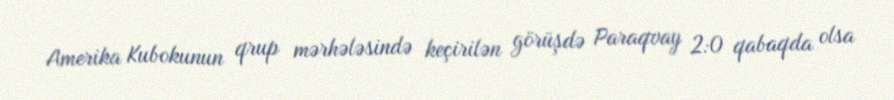
Amerika Kubokunun qrup mərhələsində keçirilən görüşdə Paraqvay 2:0 qabaqda olsa